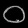
Digit: ၀